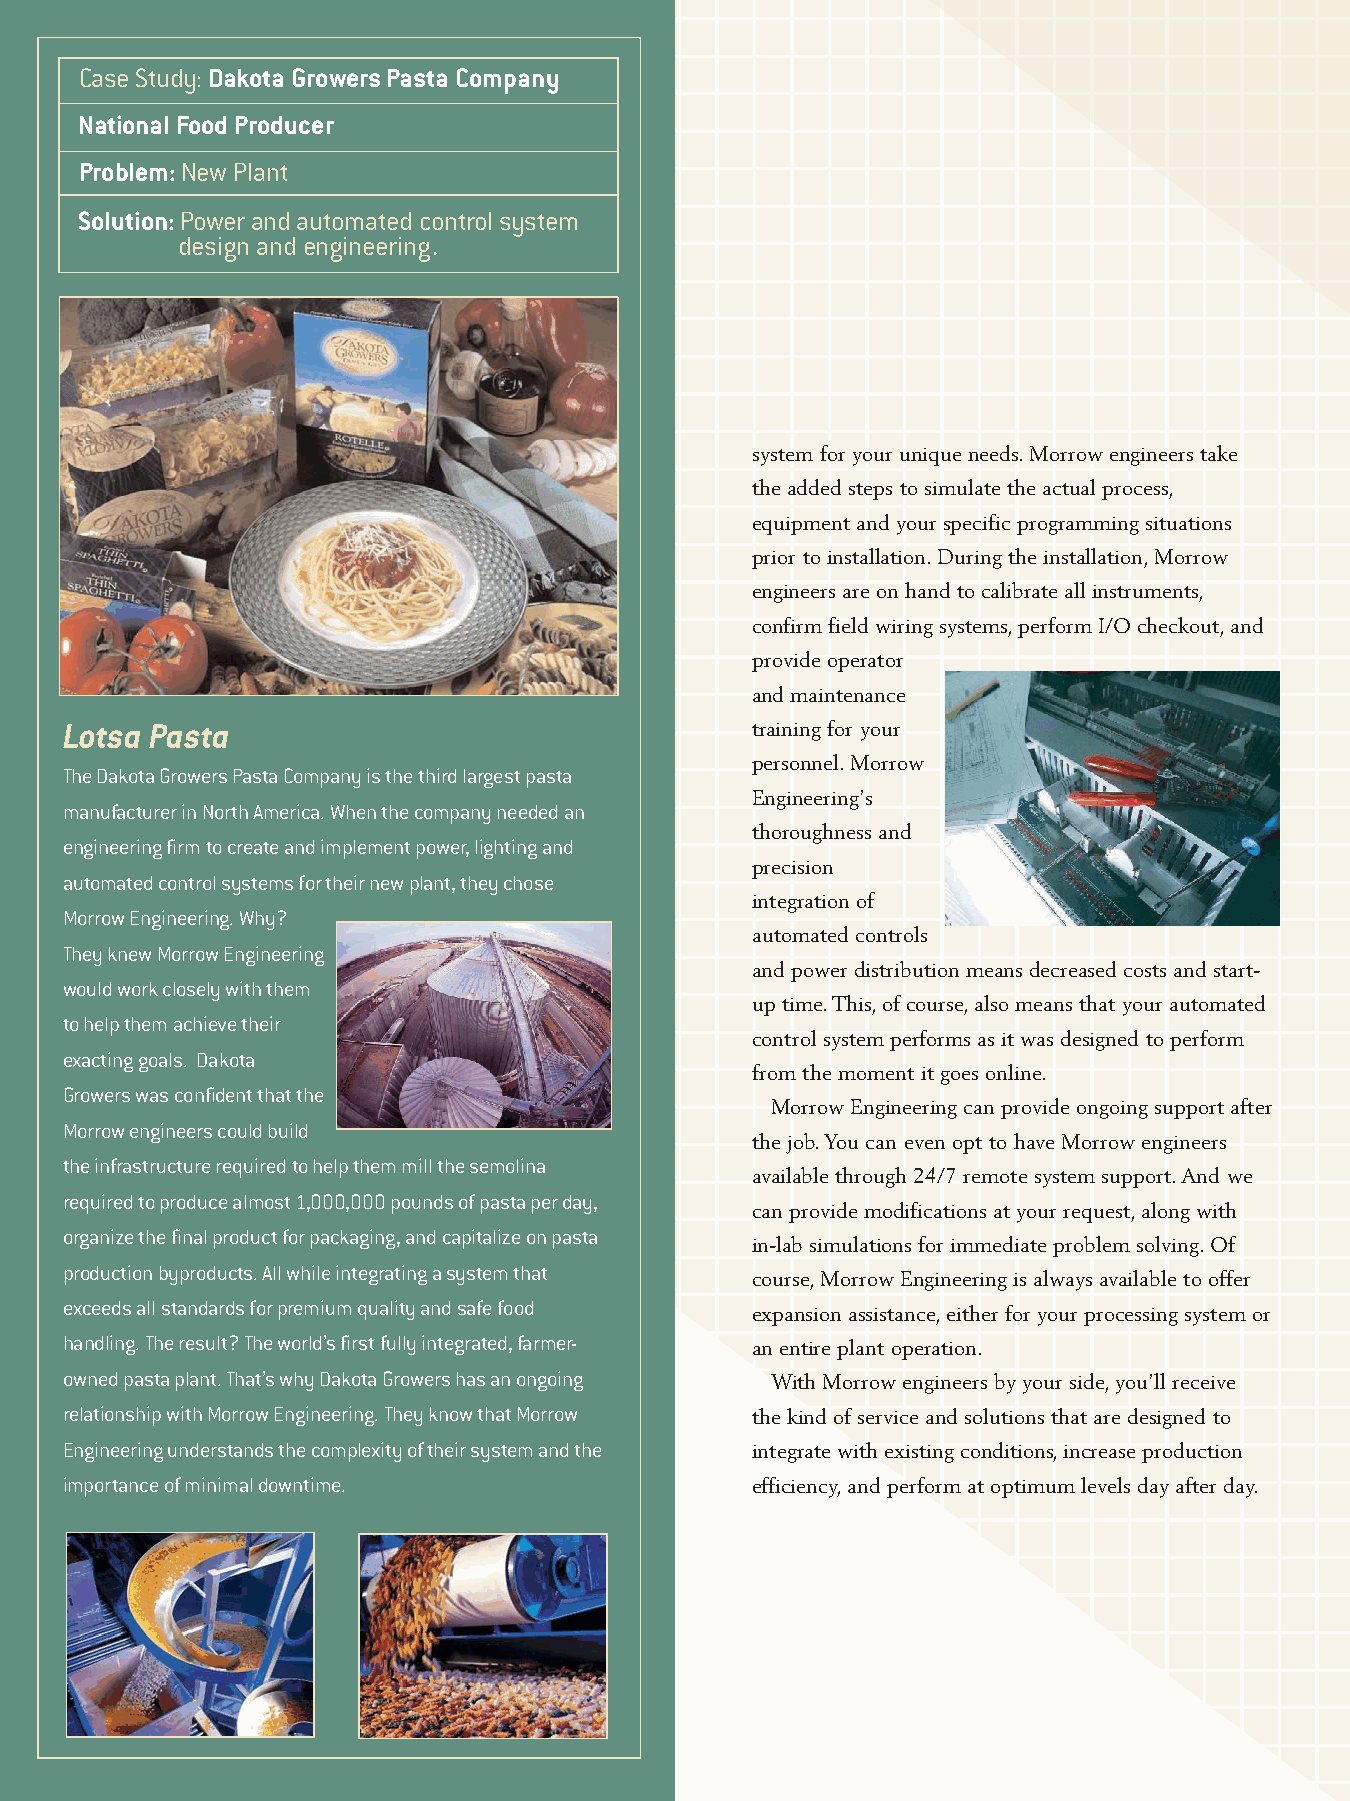
Case Study:Dakota Growers Pasta Company
 National Food Producer
 Problem:New Plant
 Solution:Power and automated control system
 design and engineering.
 system for your unique needs.Morrow engineers take
 the added steps to simulate the actual process,
 equipment and your specific programming situations
 prior to installation.During the installation,Morrow
 engineers are on hand to calibrate all instruments,
 confirm field wiring systems,perform I/O checkout,and
 provide operator
 and maintenance
 Lotsa Pasta                                   training for your
 personnel.Morrow
 The Dakota Growers Pasta Company is the third largest pasta
 Engineering’s
 manufacturer in North America. When the company needed an
 thoroughness and
 engineering firm to create and implement power, lighting and
 precision
 automated control systems for their new plant, they chose
 integration of
 Morrow Engineering. Why?
 automated controls
 They knew Morrow Engineering
 and power distribution means decreased costs and start-
 would work closely with them
 up time.This,of course,also means that your automated
 to help them achieve their
 control system performs as it was designed to perform
 exacting goals. Dakota
 from the moment it goes online.
 Growers was confident that the
 Morrow Engineering can provide ongoing support after
 Morrow engineers could build
 the job.You can even opt to have Morrow engineers
 the infrastructure required to help them mill the semolina
 available through 24/7 remote system support.And we
 required to produce almost 1,000,000 pounds of pasta per day,
 can provide modifications at your request,along with
 organize the final product for packaging, and capitalize on pasta
 in-lab simulations for immediate problem solving.Of
 production byproducts. All while integrating a system that
 course,Morrow Engineering is always available to offer
 exceeds all standards for premium quality and safe food
 expansion assistance,either for your processing system or
 handling. The result? The world’s first fully integrated, farmer- an entire plant operation.
 owned pasta plant. That’s why Dakota Growers has an ongoing With Morrow engineers by your side,you’ll receive
 relationship with Morrow Engineering. They know that Morrow the kind of service and solutions that are designed to
 Engineering understands the complexity of their system and the integrate with existing conditions,increase production
 importance of minimal downtime.               efficiency,and perform at optimum levels day after day.